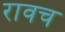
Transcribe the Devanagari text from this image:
रावच